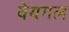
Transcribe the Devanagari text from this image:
वेयगल